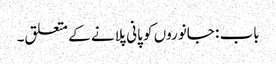
باب : جانوروں کو پانی پلانے کے متعلق۔